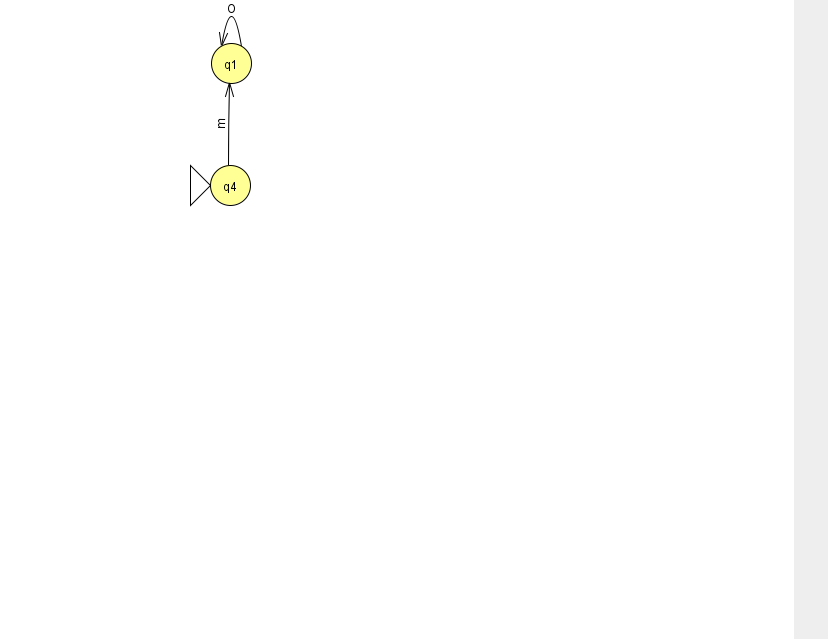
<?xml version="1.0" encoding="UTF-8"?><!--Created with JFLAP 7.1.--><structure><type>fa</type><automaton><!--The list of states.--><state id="1" name="q1"><x>231.0</x><y>50.0</y></state><state id="4" name="q4"><x>230.0</x><y>172.0</y><initial/></state><!--The list of transitions.--><transition><from>4</from><to>1</to><read>m</read></transition><transition><from>1</from><to>1</to><read>O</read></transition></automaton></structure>